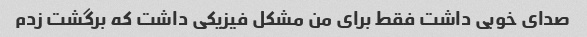
صدای خوبی داشت فقط برای من مشکل فیزیکی داشت که برگشت زدم